Civil Veterinary Department. United Provinces 1912-22 - 1912-1922
Year: 1912
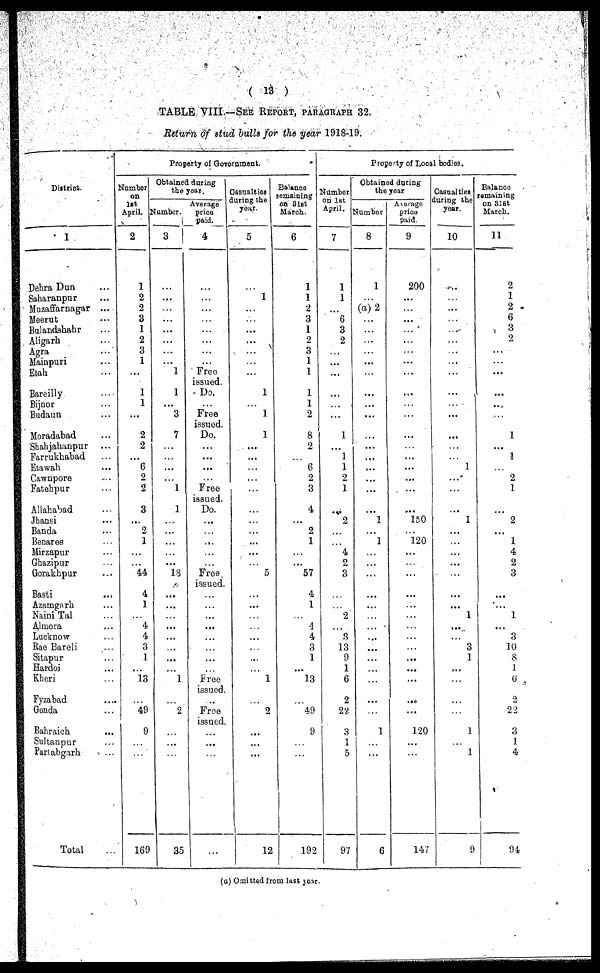
(13)
TABLE VIII.—SEE REPORT, PARAGRAPH 32.
Return of stud bulls for the year 1918-19.
District.
1
Dehra Dun ...
Saharanpur ...
Muzaffarnagar ...
Meerut ...
Bulandshahr ...
Aligarh ...
Agra ...
Mainpuri ...
Etah ...
Bareilly ...
Bijnor ...
Budaun ...
Moradabad ...
Shahjahanpur ...
Farrukhabad ...
Etawah ...
Cawnpore ...
Fatehpur ...
Allahabad ...
Jhansi ...
Banda ...
Benares ...
Mirzapur ...
Ghazipur ...
Gorakhpur ...
Basti ...
Azamgarh ...
Naini Tal ...
Almora ...
Lucknow ...
Rae Bareli ...
Sitapur ...
Hardoi ...
Kheri ...
Fyzabad ...
Gonda ...
Bahraich ...
Sultanpur ...
Partabgarh ...
Total
Property of Government.
Number
on
1st
April.
2
1
2
2
3
1
2
3
1
...
1
1
...
2
2
...
6
2
2
3
...
2
1
...
...
44
4
1
...
4
4
3
1
...
13
...
49
9
...
...
169
Obtained daring
the year.
Number.
3
...
...
...
...
...
...
...
...
1
1
...
3
7
...
...
...
...
1
1
...
...
...
...
...
18
...
...
...
...
...
...
...
...
1
...
2
...
...
...
35
Average
price
paid.
4
...
...
...
...
...
...
...
...
Free
issued.
Do.
...
Free
issued.
Do.
...
...
...
...
Free
issued.
Do.
...
...
...
...
...
Free
issued.
...
...
...
...
...
...
...
...
Free
issued.
..
Free
issued.
...
...
...
...
Casualties
during the
year.
5
...
1
...
...
...
...
...
...
...
1
...
1
1
...
...
...
...
...
...
...
...
...
...
...
5
...
...
...
...
...
...
...
...
1
...
2
...
...
...
...
12
Balance
remaining
on 31st
March.
6
1
1
2
3
1
2
3
1
1
1
1
2
8
2
6
2
3
4
...
2
1
...
...
57
4
1
...
4
4
3
1
...
13
...
49
9
...
......
192
Property of Local bodies.
Number
on 1st
April.
7
1
1
...
6
3
2
...
...
...
...
...
1
...
1
1
2
1
...
2
...
4
2
3
...
...
...
2
...
3
13
9
1
6
2
22
3
1
5
97
Obtained during
the year
Number
8
1
...
(a)2
...
...
...
...
...
...
...
...
...
...
...
...
...
...
...
...
1
...
1
...
...
...
...
...
...
...
...
...
...
...
...
...
1
...
...
6
Average
price
paid.
9
200
...
...
...
...
...
...
...
... ...
...
...
...
...
...
...
...
...
...
...
150
120
...
...
...
...
...
...
...
..
...
...
...
...
...
120
...
...
147
Casualties
during the
year.
10
...
...
...
...
...
...
...
...
...
...
...
...
...
...
...
...
1
...
....
...
1
...
...
...
...
...
...
...
...
1
...
...
3
1
...
...
...
...
...
1
...
1
9
Balance
remaining
on 31st
March.
11
2
1
2
6
3
2
...
...
...
...
...
...
...
1
...
1
...
2
1
...
2
...
1
4
2
3
...
...
...
1
...
3
10
8
1
6
2
22
3
1
4
94
(a) Omitted from last year.